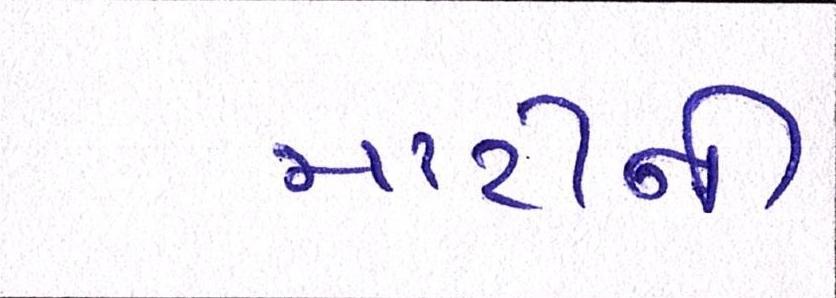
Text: માટીની